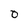
Character: 0